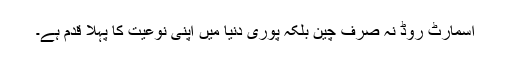
اسمارٹ روڈ نہ صرف چین بلکہ پوری دنیا میں اپنی نوعیت کا پہلا قدم ہے۔